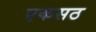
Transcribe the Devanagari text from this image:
एकसठ